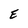
Character: E